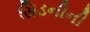
સિડનીની